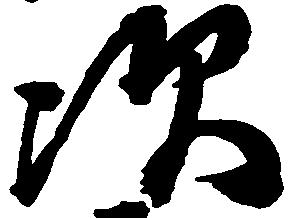
次